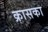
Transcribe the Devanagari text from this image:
क्रासका